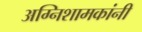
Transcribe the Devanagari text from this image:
अग्निशामकांनी